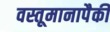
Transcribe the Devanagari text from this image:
वस्तूमानापैकी